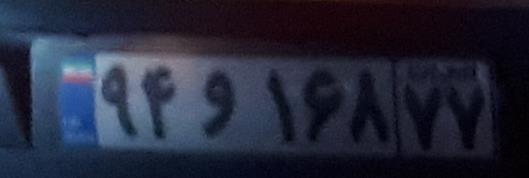
۹۴و۱۶۸۷۷